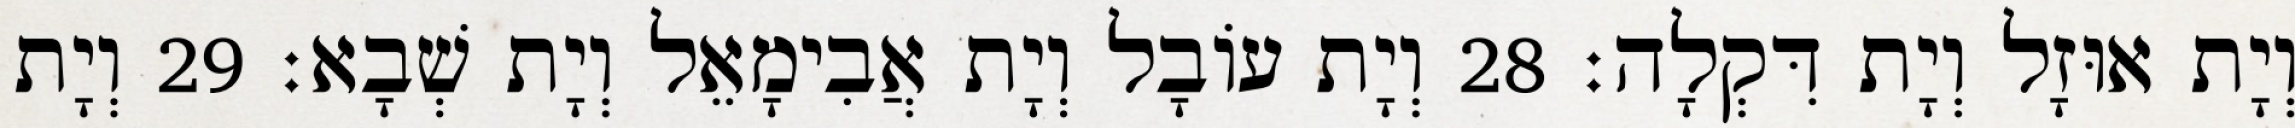
וְיָת אוּזָל וְיָת דִּקְלָה׃ 28 וְיָת עוֹבָל וְיָת אֲבִימָאֵל וְיָת שְׁבָא׃ 29 וְיָת